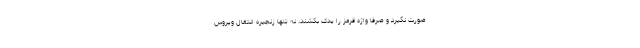
صورت نگیرد و صرفا واژه قرمز را یدک بکشند، نه تنها زنجیره انتقال ویروس